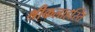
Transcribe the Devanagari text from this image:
श्रीकलाहस्ति